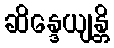
ဆိန္ဒေယျန္တိ